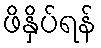
ဖိနှိပ်ရန်